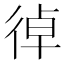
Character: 𢔄